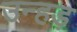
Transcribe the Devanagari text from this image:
उन्हड़